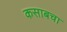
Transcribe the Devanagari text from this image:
कसाबचा